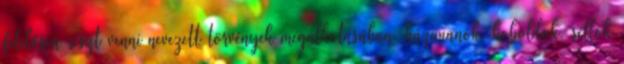
felelősen részt venni nevezett törvények megalkotásában. házimanók, koboldok, sellők